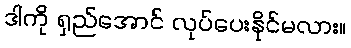
ဒါကို ရှည်အောင် လုပ်ပေးနိုင်မလား။